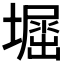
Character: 𡒈